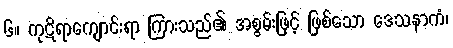
၆။ ကုဋိရာကျောင်းရာ ကြားသည်၏ အစွမ်းဖြင့် ဖြစ်သော ဒေသနာကံ၊